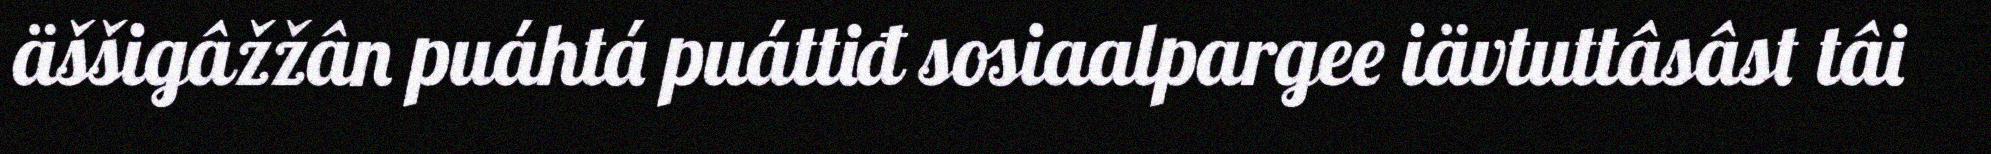
äššigâžžân puáhtá puáttiđ sosiaalpargee iävtuttâsâst tâi